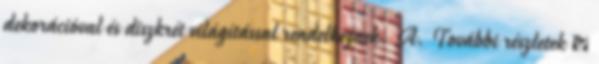
dekorációval és diszkrét világítással rendelkeznek. A. További részletek »